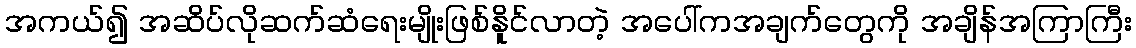
အကယ်၍ အဆိပ်လိုဆက်ဆံရေးမျိုးဖြစ်နိူင်လာတဲ့ အပေါ်ကအချက်တွေကို အချိန်အကြာကြီး